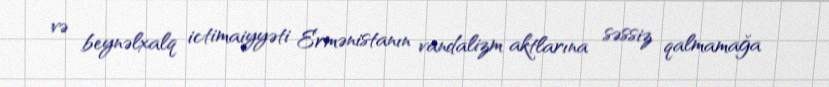
və beynəlxalq ictimaiyyəti Ermənistanın vandalizm aktlarına səssiz qalmamağa